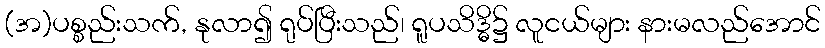
(အ)ပစ္စည်းသက်, နုလာ၍ ရုပ်ပြီးသည်၊ ရူပသိဒ္ဓိ၌ လူငယ်များ နားမလည်အောင်